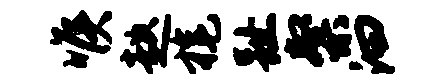
喉趑旄趾粲汩